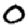
Digit: 0